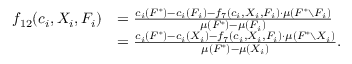
\begin{array} { r l } { f _ { 1 2 } ( c _ { i } , X _ { i } , F _ { i } ) } & { = \frac { c _ { i } ( F ^ { * } ) - c _ { i } ( F _ { i } ) - f _ { 7 } ( c _ { i } , X _ { i } , F _ { i } ) \cdot \mu ( F ^ { * } \setminus F _ { i } ) } { \mu ( F ^ { * } ) - \mu ( F _ { i } ) } } \\ { } & { = \frac { c _ { i } ( F ^ { * } ) - c _ { i } ( X _ { i } ) - f _ { 7 } ( c _ { i } , X _ { i } , F _ { i } ) \cdot \mu ( F ^ { * } \setminus X _ { i } ) } { \mu ( F ^ { * } ) - \mu ( X _ { i } ) } . } \end{array}